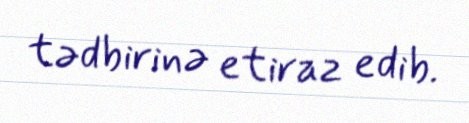
tədbirinə etiraz edib.